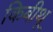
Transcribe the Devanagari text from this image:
किबीथू